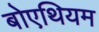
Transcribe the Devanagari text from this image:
बोएथियम